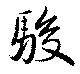
駿